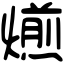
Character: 𤐄